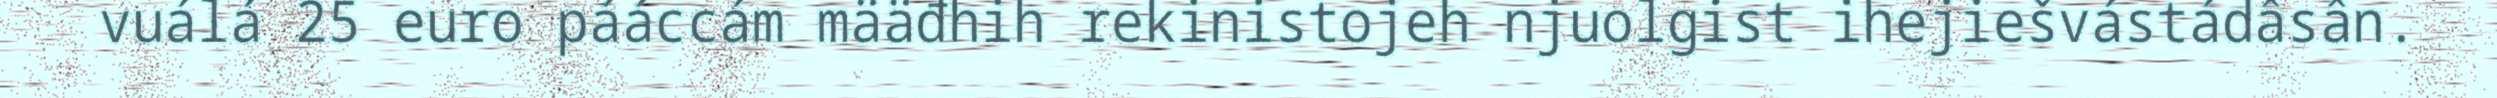
vuálá 25 euro pááccám määđhih rekinistojeh njuolgist ihejiešvástádâsân.